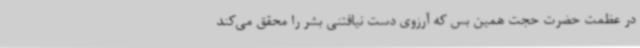
در عظمت حضرت حجت همین بس که آرزوی دست نیافتنی بشر را محقق می‌کند